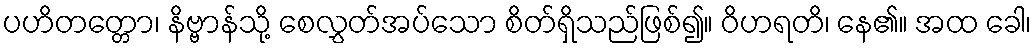
ပဟိတတ္တော၊ နိဗ္ဗာန်သို့ စေလွှတ်အပ်သော စိတ်ရှိသည်ဖြစ်၍။ ဝိဟရတိ၊ နေ၏။ အထ ခေါ၊